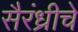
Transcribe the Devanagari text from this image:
सैरंध्रीचे